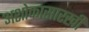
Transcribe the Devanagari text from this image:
अशोकासारखी